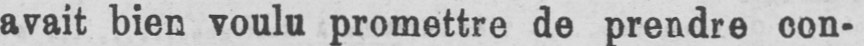
avait bien voulu promettre de prendre con-